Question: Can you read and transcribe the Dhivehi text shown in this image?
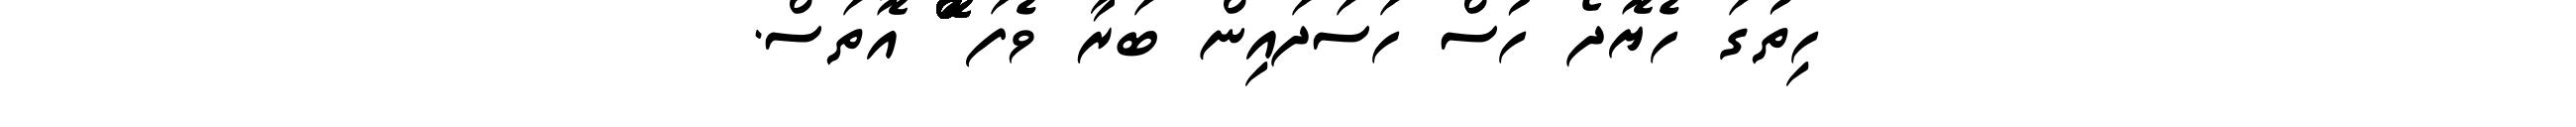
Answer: ހިތުގަ ހެޔޮދޯ ހުސް ހަސަދައިން ބަރާ ވެފަ ްްްްްްްްޮްްްްްްްްްްްްްްްްޮްްްްްްްްްްްްްްްްޮްްްްްްްްްްްްްްްްޮްްްް އޮތަސް.